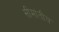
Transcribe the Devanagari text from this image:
सीमांतीय